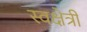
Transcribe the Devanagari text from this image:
स्वक्षेत्री